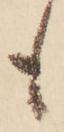
も